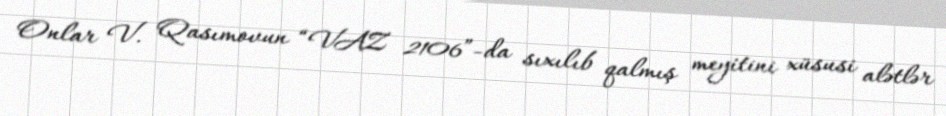
Onlar V. Qasımovun “VAZ 2106”-da sıxılıb qalmış meyitini xüsusi alətlər